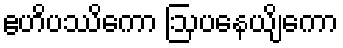
ဧဟိပဿိကော ဩပနေယျိကော